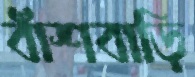
বাঁশবাড়ি